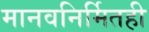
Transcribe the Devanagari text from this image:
मानवनिर्मितही